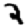
Digit: 2